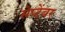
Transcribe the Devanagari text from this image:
सेप्टेंबर